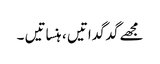
مجھے گدگداتیں ، ہنساتیں ۔